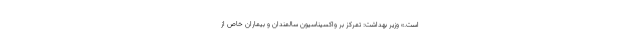
است.» وزیر بهداشت: تمرکز بر واکسیناسیون سالمندان و بیماران خاص از